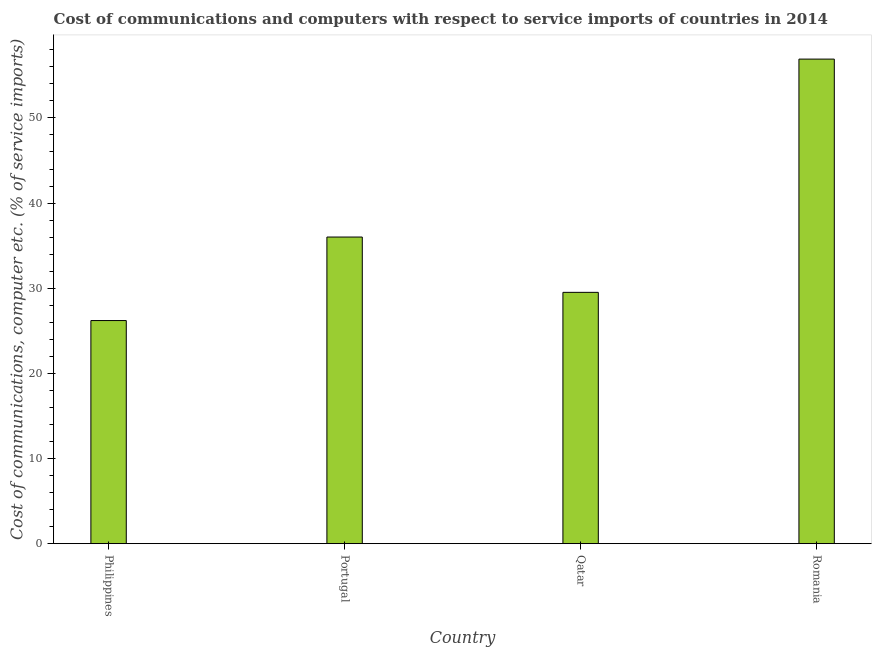
| Country | Communications |
 | --- | --- |
 | Philippines | 26.2 |
 | Portugal | 36 |
 | Qatar | 29.5 |
 | Romania | 56.9 |